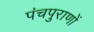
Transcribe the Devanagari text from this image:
पंचपुराणों